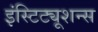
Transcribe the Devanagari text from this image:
इंस्टिट्यूशन्स